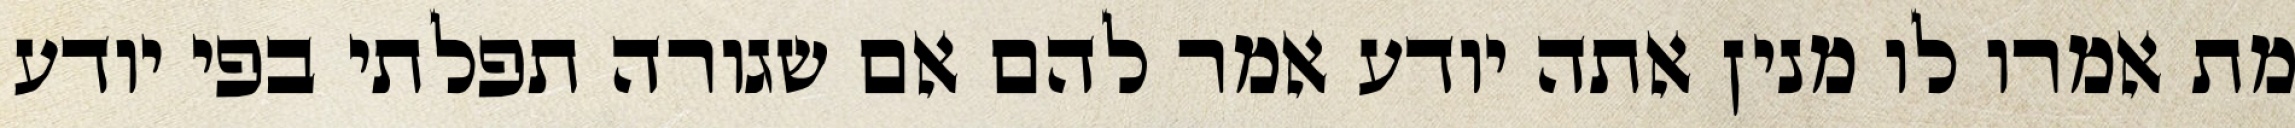
מת אמרו לו מנין אתה יודע אמר להם אם שגורה תפלתי בפי יודע